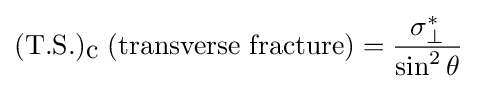
({\mbox{T.S.}})_{\mbox{c}}\;({\mbox{transverse fracture}})={\frac {\sigma _{\perp }^{*}}{\sin ^{2}\theta }}